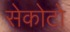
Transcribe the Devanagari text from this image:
सेकोटो